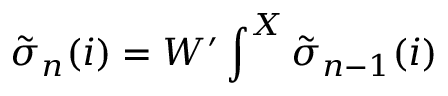
{ \tilde { \sigma } } _ { n } ( i ) = W ^ { \prime } \int ^ { X } { \tilde { \sigma } } _ { n - 1 } ( i )